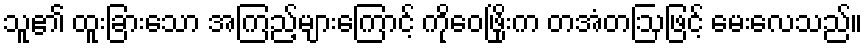
သူ၏ ထူးခြားသော အကြည့်များကြောင့် ကိုဝေဖြိုးက တအံတဩဖြင့် မေးလေသည်။